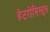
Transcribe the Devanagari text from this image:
हेटरोसिस्ट्स